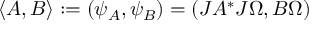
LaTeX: \langle A , B \rangle : = ( \psi _ { A } , \psi _ { B } ) = ( J A ^ { * } J \Omega , B \Omega )